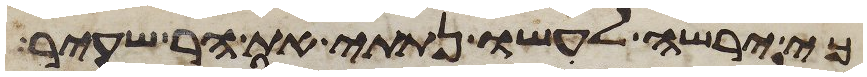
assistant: כי ירשה לעשו נתתי את הר שעיר